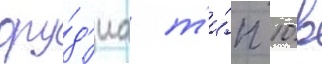
ору́д'иа т'и́п 10 в